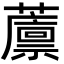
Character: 䕲